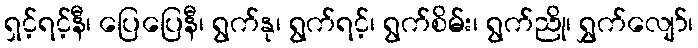
ရှင့်ရင့်နီ၊ ပြေပြေနီ၊ ရွက်နု၊ ရွက်ရင့်၊ ရွက်စိမ်း၊ ရွက်ညို၊ ရွှက်လျော်၊